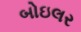
બોઇલર